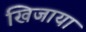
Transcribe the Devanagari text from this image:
खिजाया